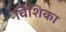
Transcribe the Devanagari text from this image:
विंशिका